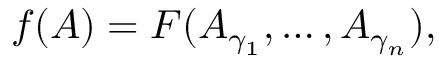
f ( A ) = F ( A _ { \gamma _ { 1 } } , \dots , A _ { \gamma _ { n } } ) ,